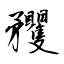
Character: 矡